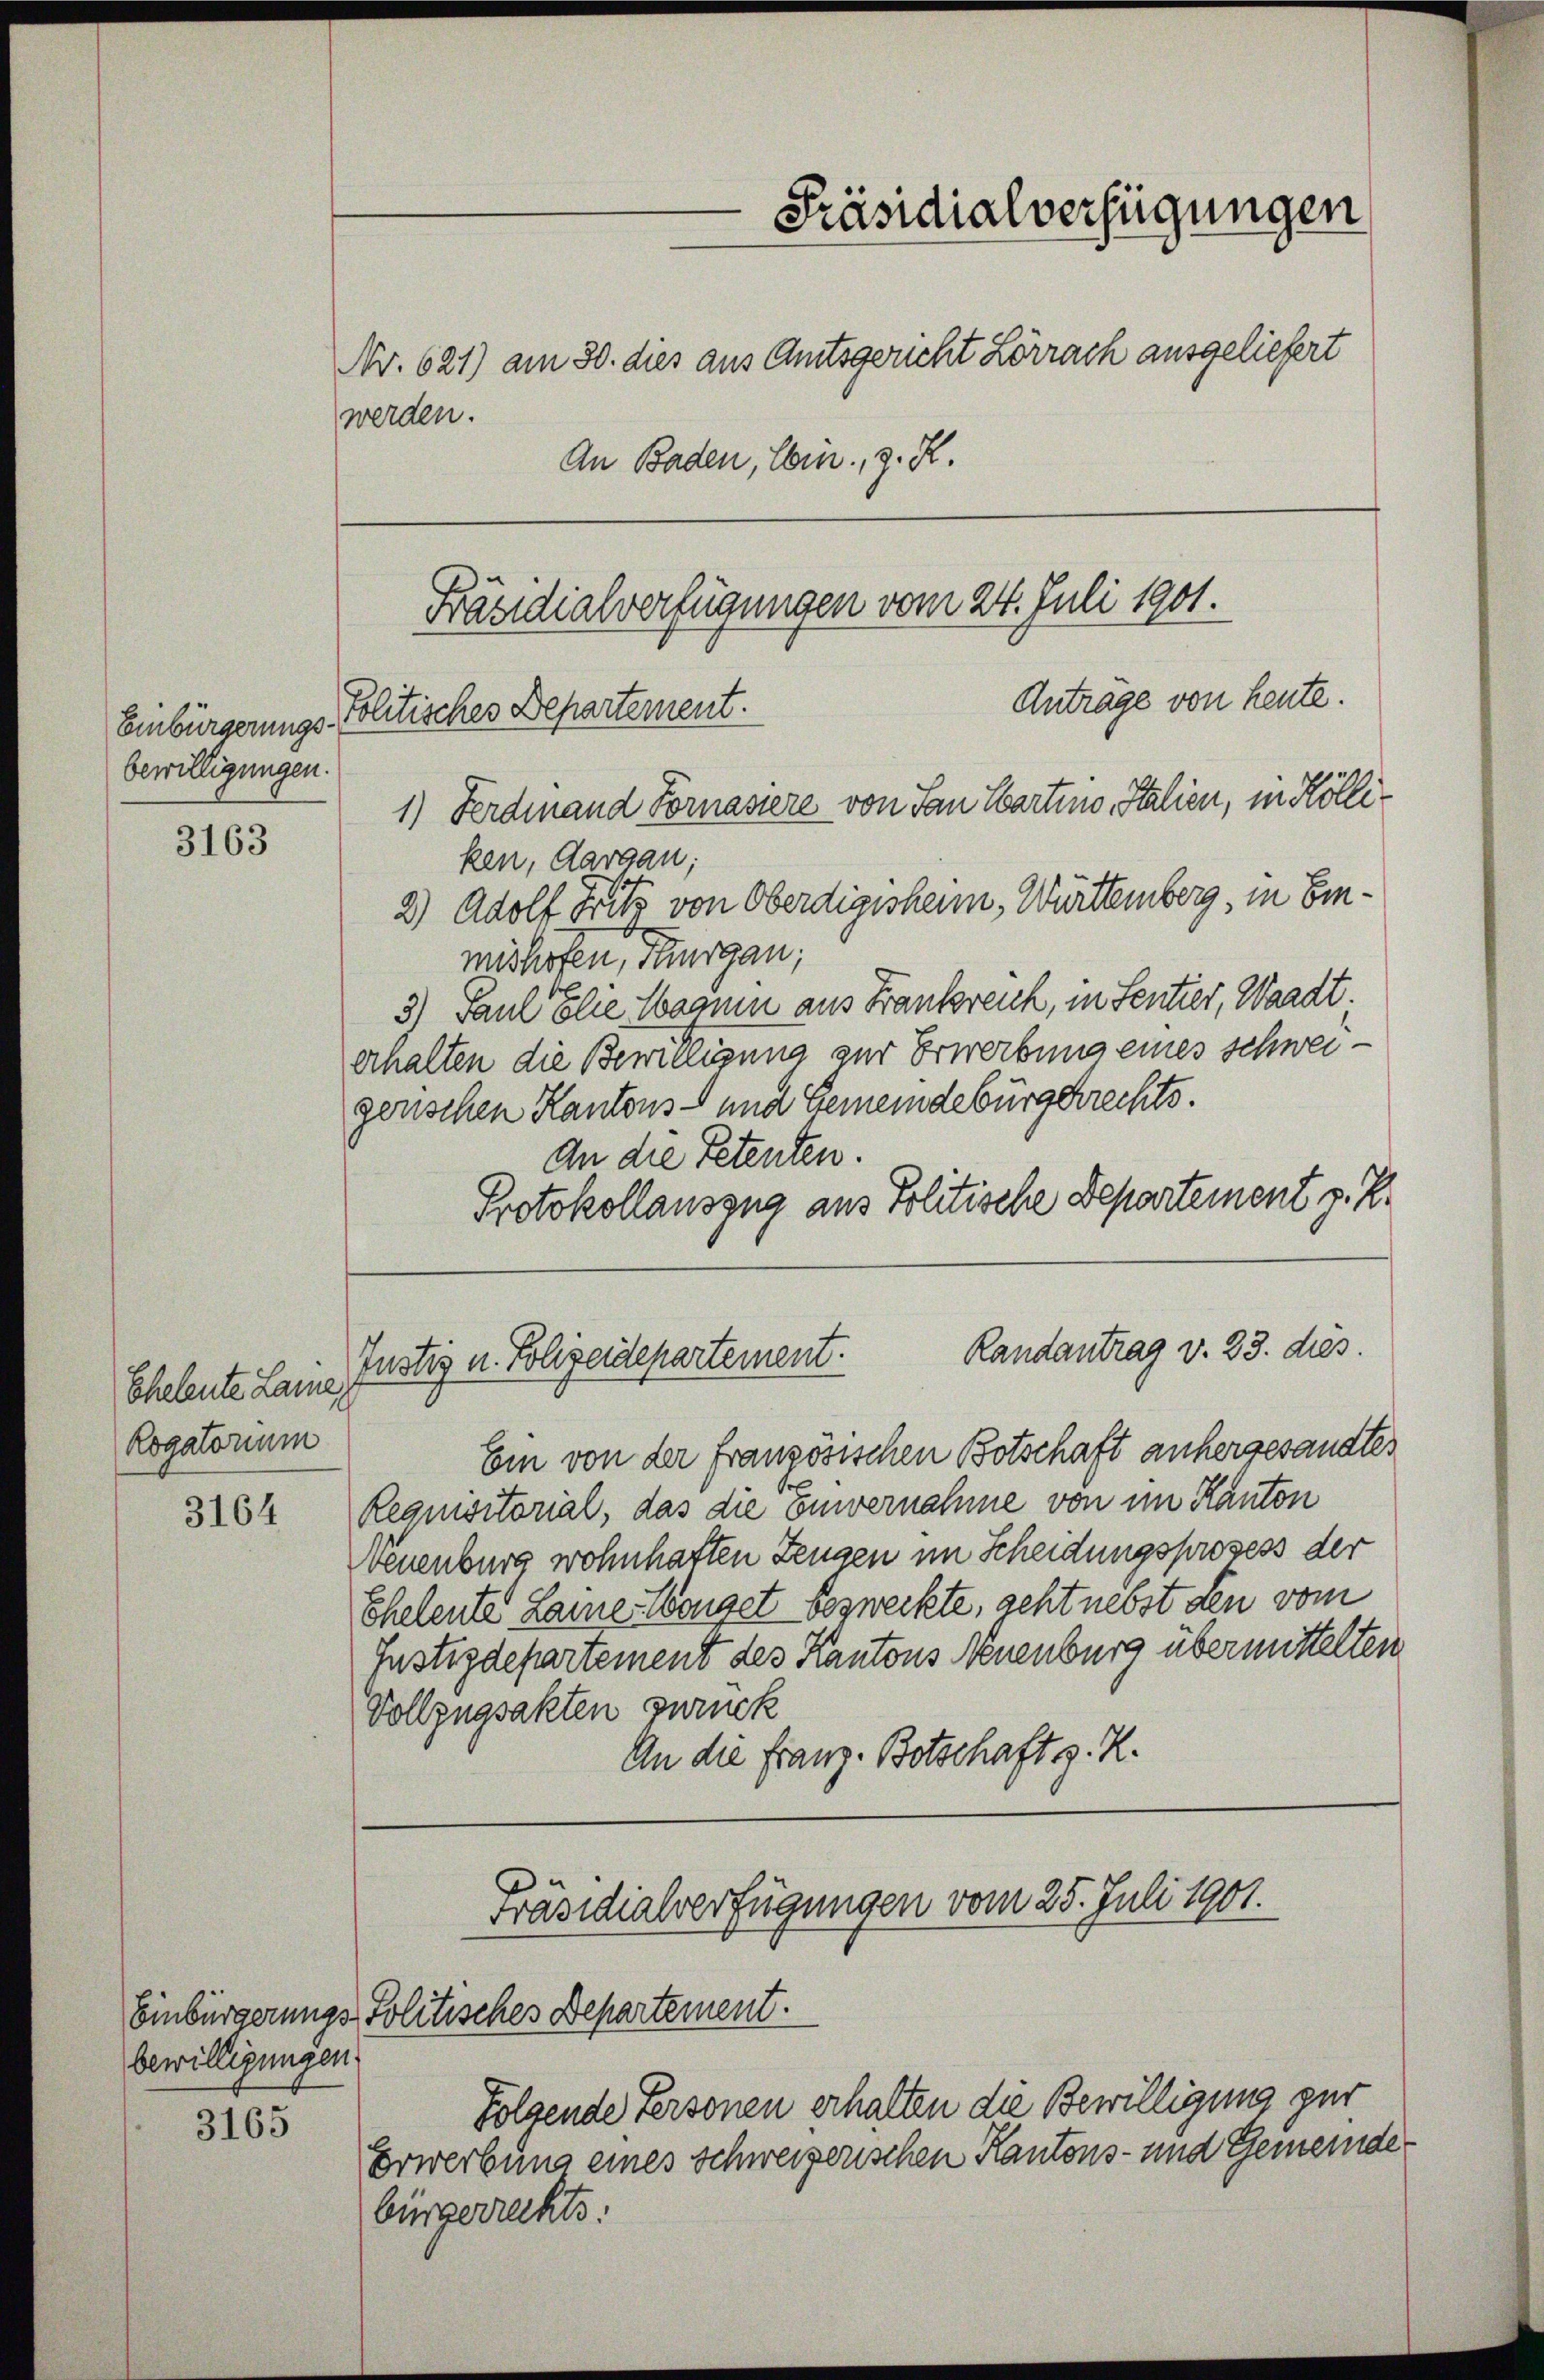
bewilligungen.

3163

Eheleute Lame,
Rogatorium

3164

3165

bewilligungen

werden.

Präsidialverfügungen
Nr. 621) am 30. dies aus Amtsgericht Lörrach ausgeliefert
An Baden, Ebin, z. Z.

Präsidialverfügungen vom 24. Juli 1901.
Anträge von heute.
Einbürgerungs-Politisches Departement.
1) Ferdinand Fornasiere von San Martnio, Italien, in Kölli¬

ken, Aargau;
2) Adolf Freits von Oberdigisheim, Württemberg, in Einmishofen, Thurgau;
3) Paul Elie Wann aus Frankreich, in Sentier, Waadt.
erhalten die Bewilligung zur Erwerbung eines schweigenschen Kantons- und Gemeindebürgerechts.
An die Petenten.
Protokollauszug aus Politische Departement z. B.

Erwerbung eines Schweizerischen Kantons- und Gemeindebürgerrechts:

Randantrag v. 23. dies
Justiz u. Polizeidepartement.

Ein von der französischen Botschaft anhergesandten
Requisitorial, das die Einvernahme von im Kanton
Neuenburg wohnhaften Zeugen im Scheidungsprozess der
Eheleute Lame Wonget bezweckte, geht nebst den vom
Justizdepartement des Kantons Neuenburg übermittelten
Vollzugsakten zurück
An die Franz. Botschaft z. R.

Präsidialverfügungen vom 25. Juli 1901.
Einbürgerungs-Politisches Departement.

Folgende Personen erhalten die Bewilligung zur